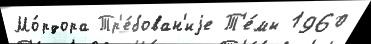
Мо́рдора Тр'е́бован'иjе Т'е́мы 1960